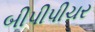
બીપીપીચર